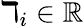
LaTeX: \daleth_{i}\in\mathbb{R}